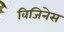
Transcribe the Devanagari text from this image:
विजिनेस